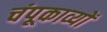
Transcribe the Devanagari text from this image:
चंपूकाव्यों